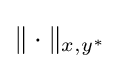
\|\cdot \|_{x,y^{*}}